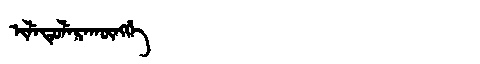
Manchu: ᡳᠯᡝᡨᡠᠯᡝᡵᠠᡴᡡᠩᡤᡝ
Romanization: ILETULERAKŪNGGE